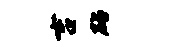
吉砧